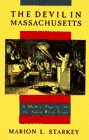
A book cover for The Devil in Massachusetts: A Modern Enquiry into the Salem Witch Trials; Marion L. Starkey; Law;